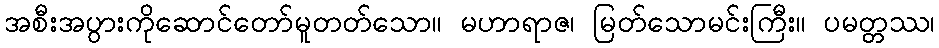
အစီးအပွားကိုဆောင်တော်မူတတ်သော။ မဟာရာဇ၊ မြတ်သောမင်းကြီး။ ပမတ္တဿ၊